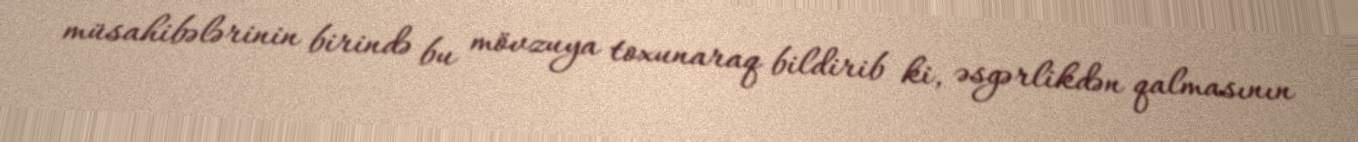
müsahibələrinin birində bu mövzuya toxunaraq bildirib ki, əsgərlikdən qalmasının